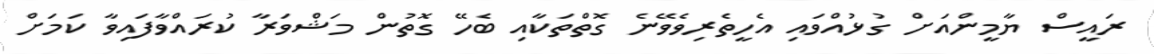
ރައީސް ޔާމީންއަށް ގުޅުއްވައި އެހީތެރިވެވޭނެ ގޮތްތަކާއި ބެހޭ ގޮތުން މަޝްވަރާ ކުރައްވާފައިވާ ކަމަށް